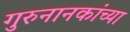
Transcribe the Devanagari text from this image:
गुरुनानकांच्या